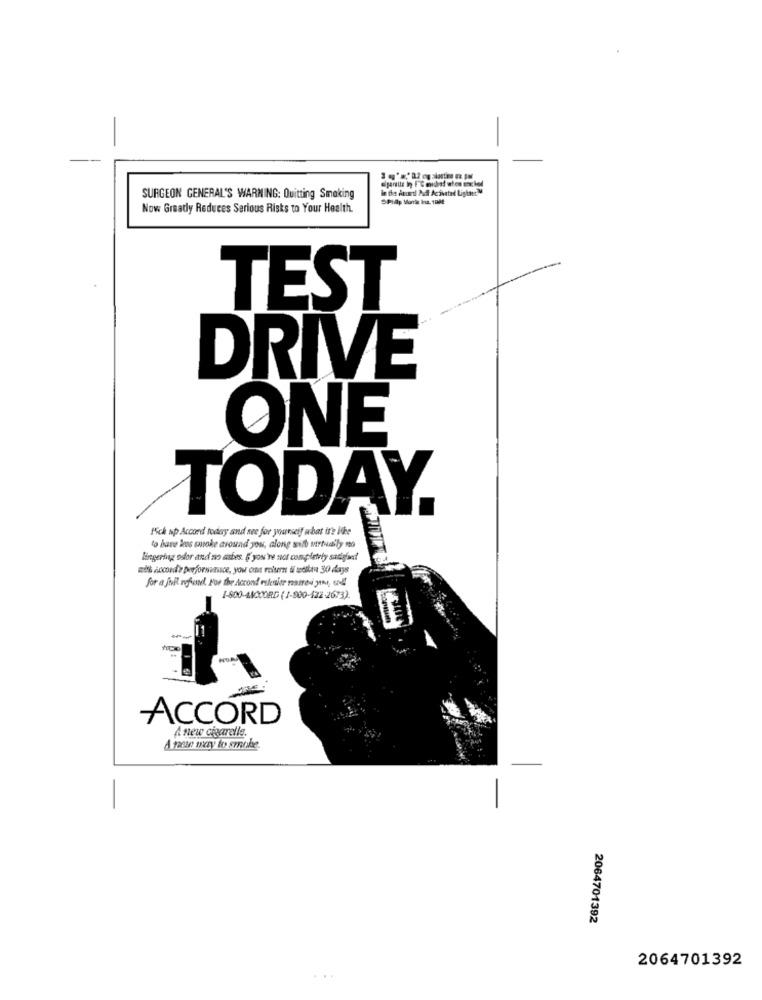
In the Acurd Put Acivated LighterM
SURGEON GENERAL'S WARMING: Quitting Smaking
SPlidlp Monte Ina. 1088
Now Gready Reduces Serious Risks to Your Health.
TEST
DRIVE
ONE
TODAY.
Ich np Accord today and nee for yourself arbat it's ite
to have los smoke around you, along with virtually no
lingering odor and no asbes. § you're not completety sargsedt
citt accorde performance, you ont roiurn ii zeiten 30 days
for a full refund. For the Accond estesier mamed jani, on !!
1-800-4ACCORD ( 1-800-422-2673).
ACCORD
A new cigarelle.
A new way to smile.
2064701392
2064701392